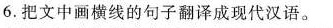
6.把文中画横线的句子翻译成现代汉语。